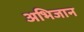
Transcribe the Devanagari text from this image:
अभिजान